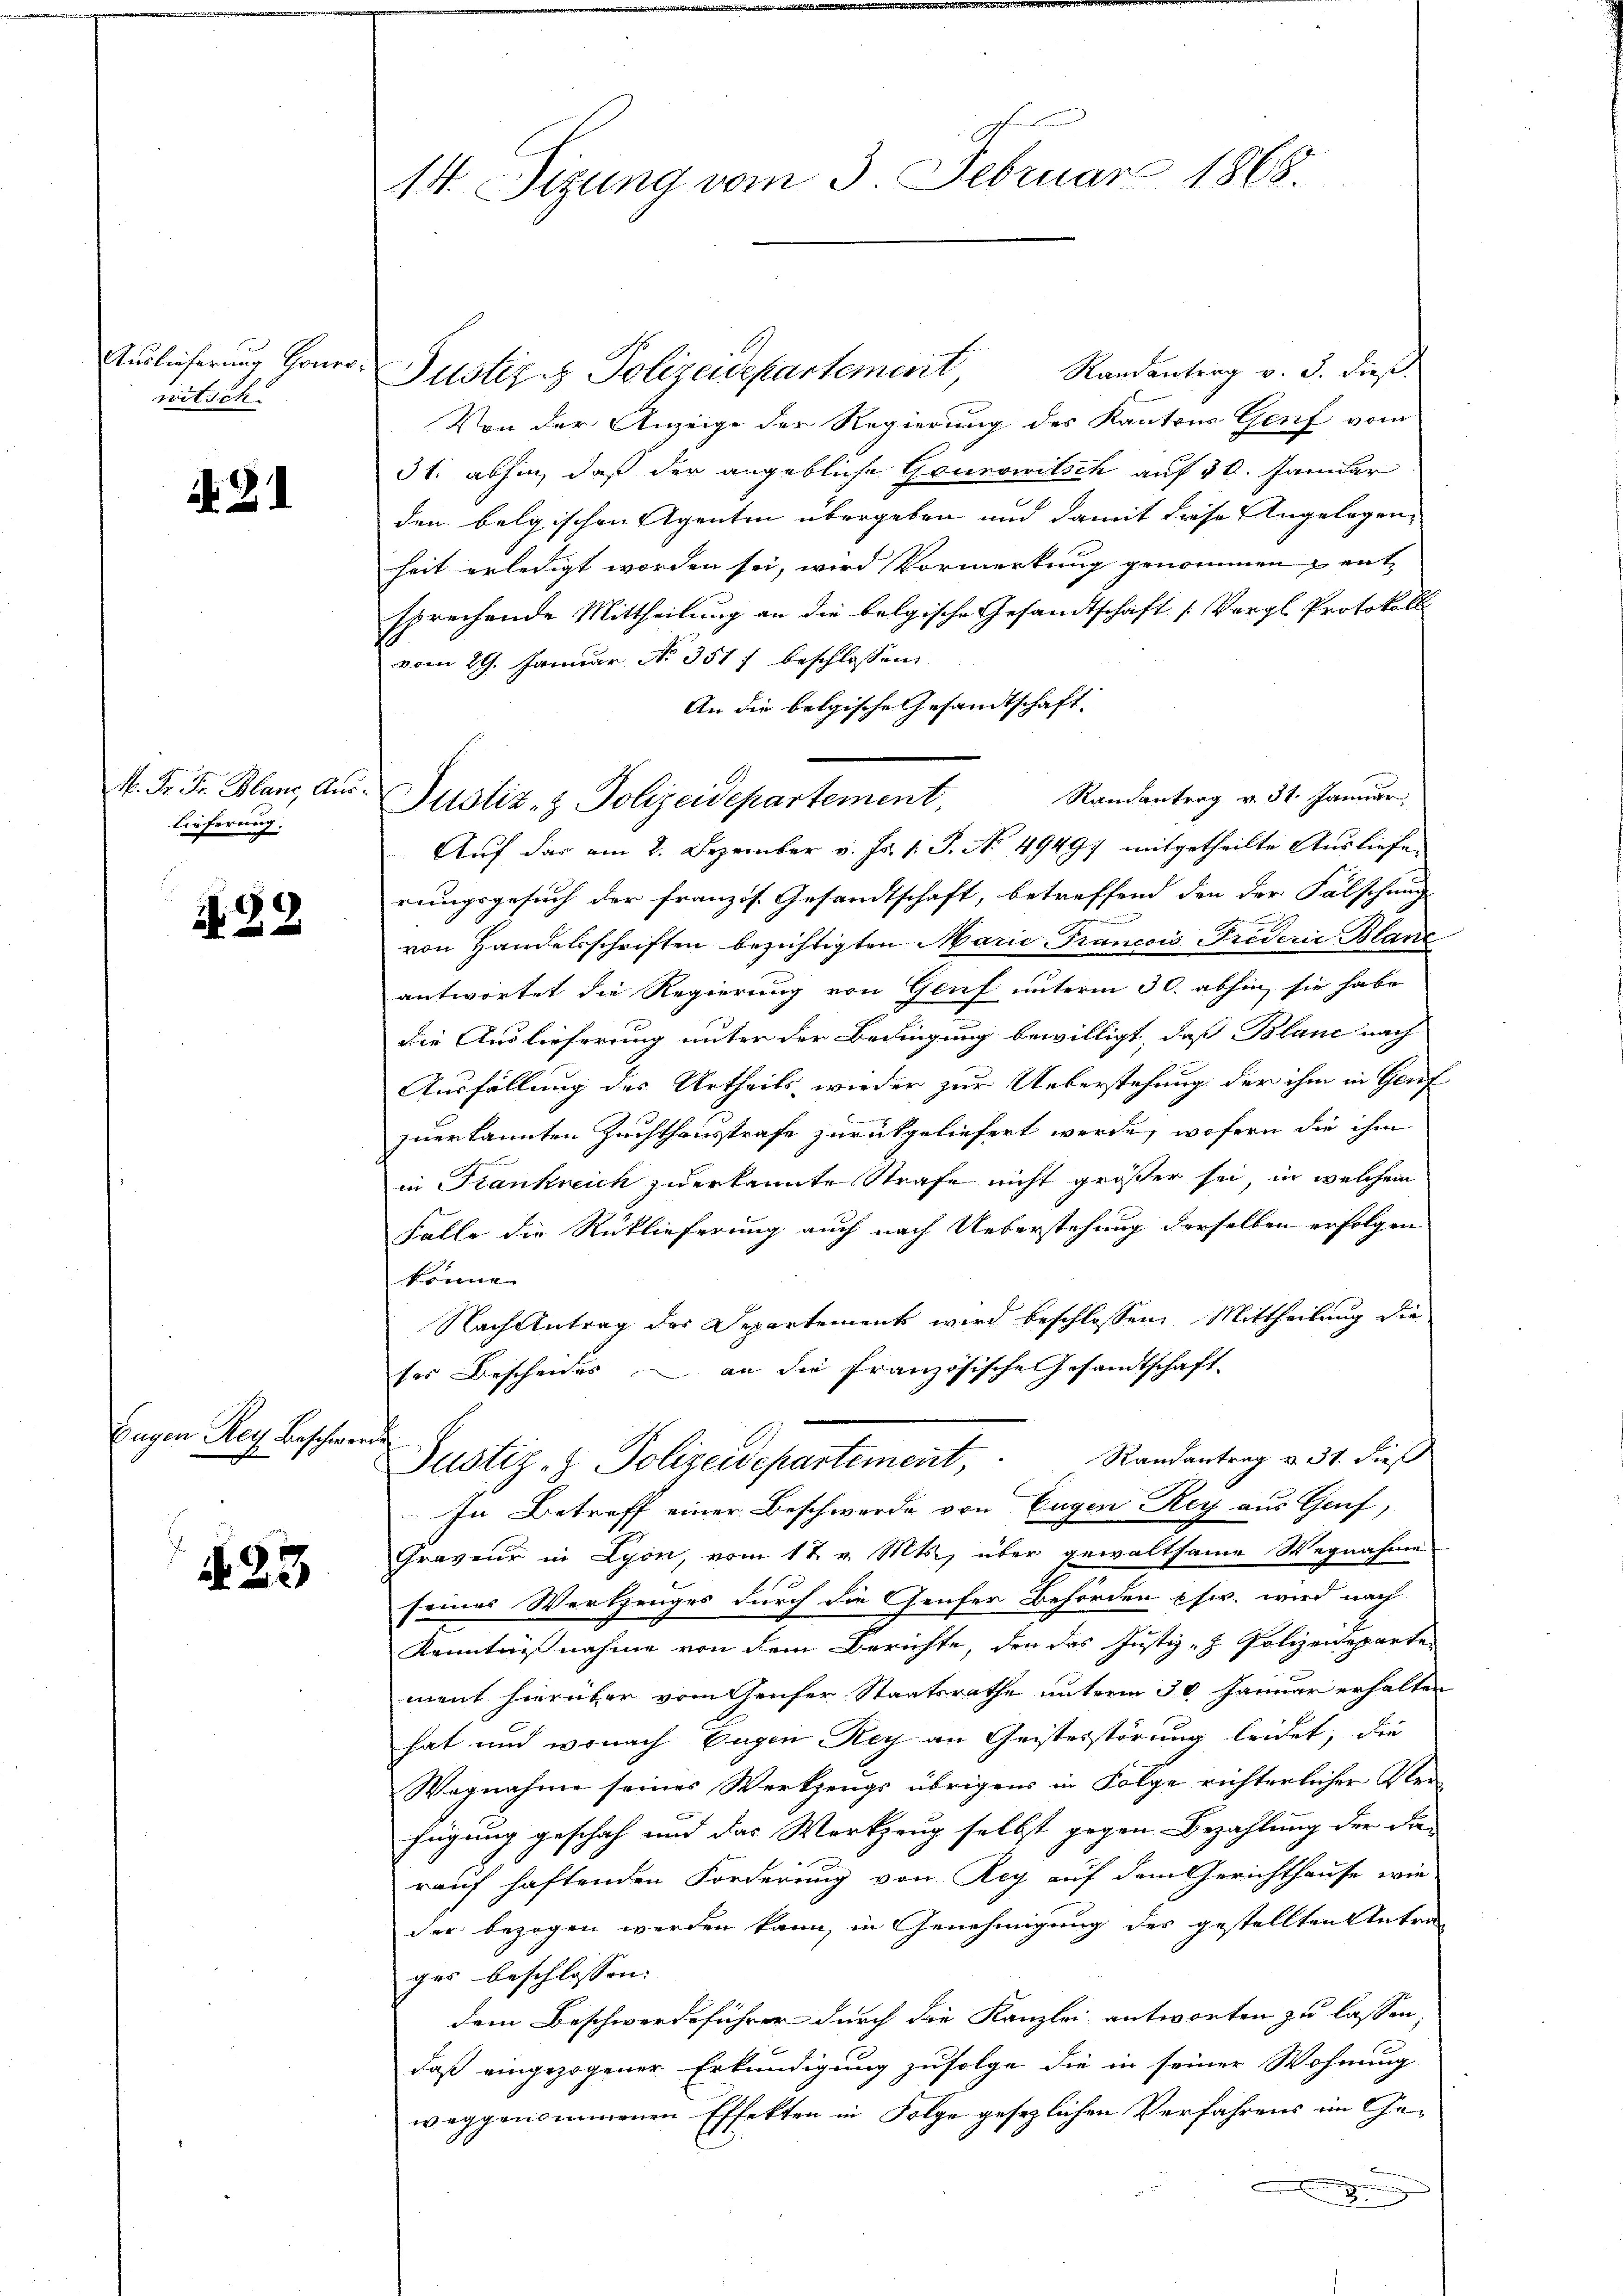
Auslieferung Honor
witsch

2

M. Fr. Fr. Blanc, Auslieferung.

N. 82

Eugen Rey Beschwer

123

14. Sizung vom 3. Februar 1868.

Justiz & Polizeidepartement Randantrag v. 3. dieß
Von der Anzeige der Regierung des Kantons Genf vom
3t. abhin, daß der angebliche Gounowitsch auf 30. Januar
den belgischen Agenten übergeben und damit diese Angelegenheit erledigt worden sei, wird Vormerkung genommen, entsprechende Mittheilung an die belgische Gesandtschaft [Vergl. Protokoll
vom 29. Januar No. 3517 beschlossen:
An die belgische Gesandtschaft:
Randantrag v. 31. Januar,
Auf das am 2. Dezember v. Js. v. J. No 49497 mitgetheilte Ausliefe
rungsgesuch der franzis. Gesandtschaft, betreffend den der Fälschung
von Handelsschriften bezichtigten Marie Francois Friderie Blan
antwortet die Regierung von Genf unterm 30. abhin, sie habe
die Auslieferung unter der Bedingung bewilligt, daß Blanc nach
Ausfällung des Urtheils, wieder zur Ueberstehung der ihm in Genf
zuerkannten Zuchthausstrafe zurückgeliefert werde, wofern die ihm
in Frankreich zuerkannte Strafe nicht größer sei, in welchem
Falle die Rücklieferung auch nach Ueberstehung derselben erfolgen
kon
Nach Antrag der Departements wird beschlossen, Mittheilung die
ses Bescheides an die französische Gesandtschaft.
ich
Justiz- & Polizeidepartement, Randantrag v. 31. dieß
In Betreff einer Beschwerde von Eugen Rey aus Graf,
Graveur in Lyon, vom 17. v. Mts., über gewaltsame Wegnahme
seines Werkzeuges durch die Genfer Behörden pfw. wird nach
Kenntnisnahme von dem Berichte, den das Justiz - Polizeideparte
ment hierüber vom Genfer Staatsrathe unterm 30. Januar erhalten
hat und wonach Eugen Rey an Geisterstörung leidet, die
Wegnahme seines Werkzeugs übrigens in Folge richterlicher Verfügung geschah und das Werkzeug selbst gegen Bezahlung der die
rauf haftenden Forderung von Rey auf dem Gerichthause wie
der bezogen werden kann, in Genehmigung des gestellten Antrag
ges beschlossen:
dem Beschwerdeführer durch die Kanzlei antworten zu lassen,
daß eingezogener Erkundigung zufolge die in seiner Wohnung
weggenommenen Effekten in Folge gesezlichen Verfahrens im Geencherung

Justiz- & Polizeidepartement,